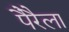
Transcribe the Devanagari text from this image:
पैरैला